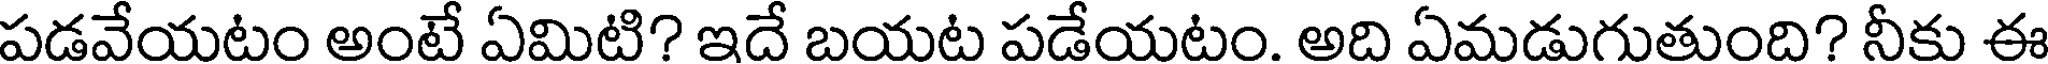
పడవేయటం అంటే ఏమిటి? ఇదే బయట పడేయటం. అది ఏమడుగుతుంది? నీకు ఈ